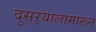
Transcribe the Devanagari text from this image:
दुसऱ्यालामारून